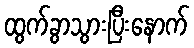
ထွက်ခွာသွားပြီးနောက်